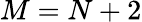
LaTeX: M=N+2